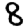
Digit: 8